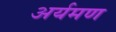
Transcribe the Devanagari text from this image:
अर्यमण